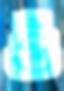
ওঁ